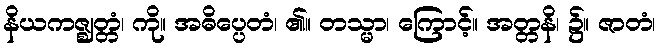
နိယကဇ္ဈတ္တံ၊ ကို။ အဓိပ္ပေတံ၊ ၏။ တသ္မာ၊ ကြောင့်။ အတ္တနိ၊ ၌။ ဇာတံ၊